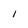
Character: 1